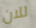
للان